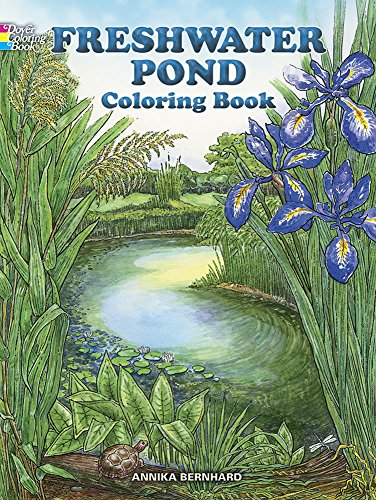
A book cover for Freshwater Pond Coloring Book (Dover Nature Coloring Book); Annika Bernhard; Children's Books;